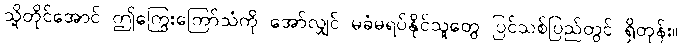
သို့တိုင်အောင် ဤကြွေးကြော်သံကို အော်လျှင် မခံမရပ်နိုင်သူတွေ ပြင်သစ်ပြည်တွင် ရှိတုန်း။